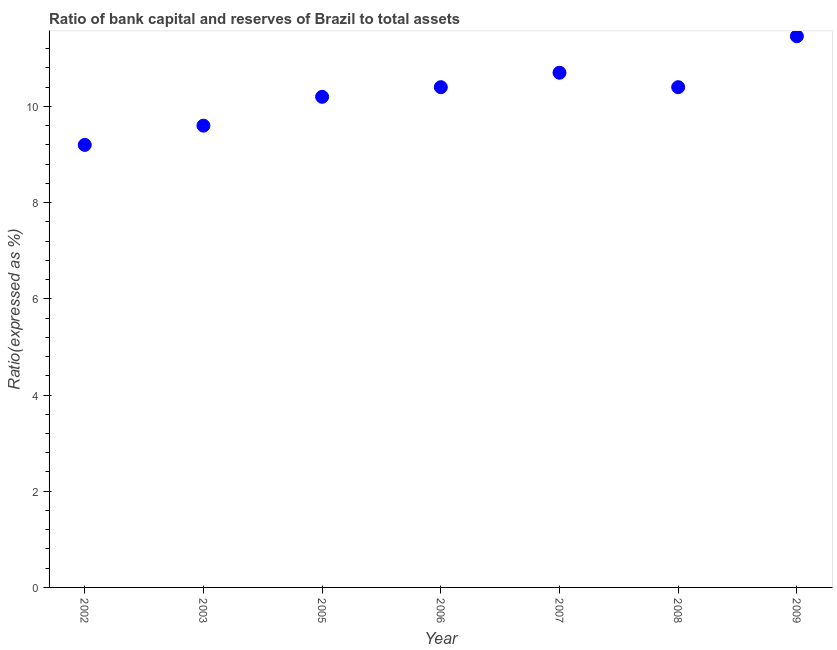
| Year | Bank capital to assets ratio |
 | --- | --- |
 | 2002 | 9.2 |
 | 2003 | 9.6 |
 | 2005 | 10.2 |
 | 2006 | 10.4 |
 | 2007 | 10.7 |
 | 2008 | 10.4 |
 | 2009 | 11.5 |